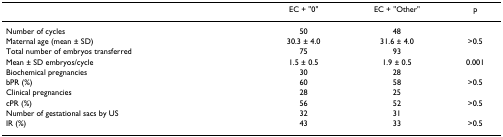
|  | EC + "0" | EC + "Other" | p |
 | --- | --- | --- | --- |
 | Number of cycles | 50 | 48 |  |
 | Maternal age (mean ± SD) | 30.3 ± 4.0 | 31.6 ± 4.0 | >0.5 |
 | Total number of embryos transferred | 75 | 93 |  |
 | Mean ± SD embryos/cycle | 1.5 ± 0.5 | 1.9 ± 0.5 | 0.001 |
 | Biochemical pregnancies | 30 | 28 |  |
 | bPR (%) | 60 | 58 | >0.5 |
 | Clinical pregnancies | 28 | 25 |  |
 | cPR (%) | 56 | 52 | >0.5 |
 | Number of gestational sacs by US | 32 | 31 |  |
 | IR (%) | 43 | 33 | >0.5 |